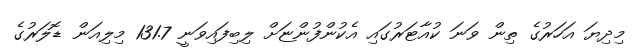
މިދިޔަ އަހަރުގެ ތިން ވަނަ ކުއާޓަރުގައި އެކުންފުންޏަށް ލިބިފައިވަނީ 131.7 މިލިއަން ޑޮލަރުގެ